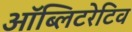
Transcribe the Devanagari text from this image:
ऑब्लिटरेटिव